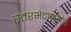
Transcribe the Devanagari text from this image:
स्तरभेदानुसार